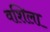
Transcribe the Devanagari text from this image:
वशिला